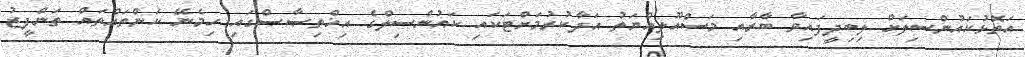
އަތޮޅުކައުންސިލަށް ލިބިދީފައިވާ ބާރާއި މަސްއޫލިއްޔަތު އަދާކުރުމަށްޓަކައި ކައުންސިލްގެ އިޚްތިޞާޞްގައި ހިމެނޭ ކަންތައްތައް ތަންފީޒު